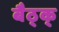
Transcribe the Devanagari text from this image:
बैठ्क्